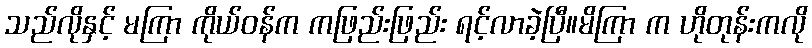
သည်လိုနှင့် မကြာ ကိုယ်ဝန်က ကဖြည်းဖြည်း ရင့်လာခဲ့ပြီ။မိကြာ က ဟိုတုန်းကလို